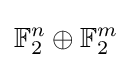
\mathbb {F} _{2}^{n}\oplus \mathbb {F} _{2}^{m}